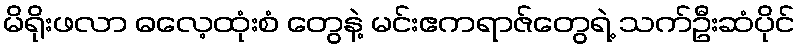
မိရိုးဖလာ ဓလေ့ထုံးစံ တွေနဲ့ မင်းဧကရာဇ်တွေရဲ့ သက်ဦးဆံပိုင်